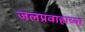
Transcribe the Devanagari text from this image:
जलप्रवाहाच्या